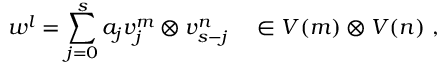
w ^ { l } = \sum _ { j = 0 } ^ { s } a _ { j } v _ { j } ^ { m } \otimes v _ { s - j } ^ { n } ~ ~ ~ \in V ( m ) \otimes V ( n ) ~ ,